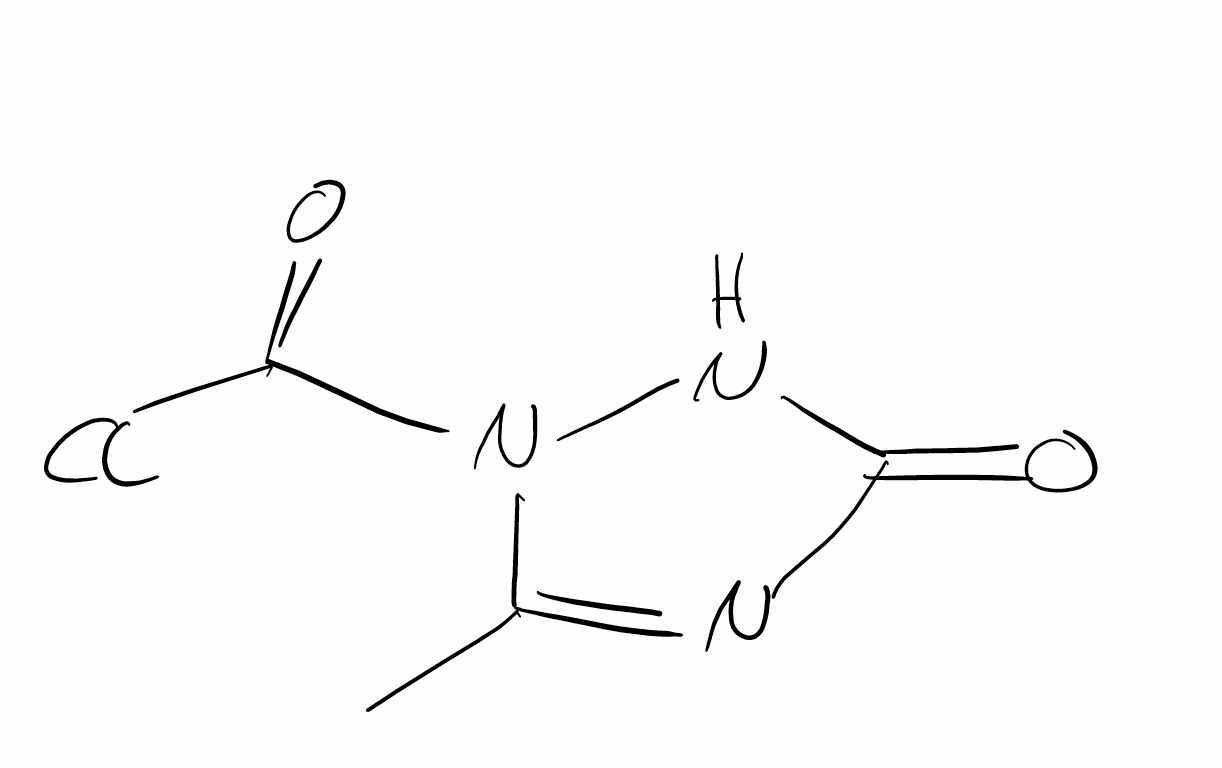
Simplified molecular-input line-entry system (SMILES) notation of the given molecule:
CC1=NC(=O)NN1C(=O)Cl